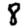
Digit: 8